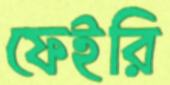
ফেইরি